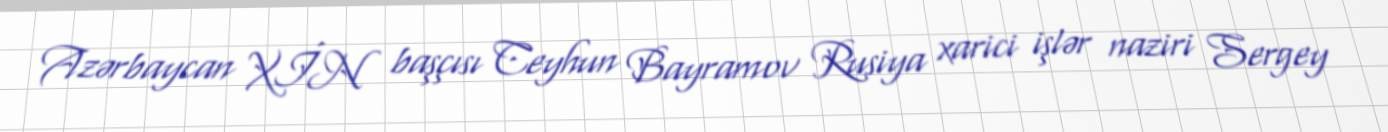
Azərbaycan XİN başçısı Ceyhun Bayramov Rusiya xarici işlər naziri Sergey